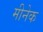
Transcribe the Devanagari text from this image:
मीनेक